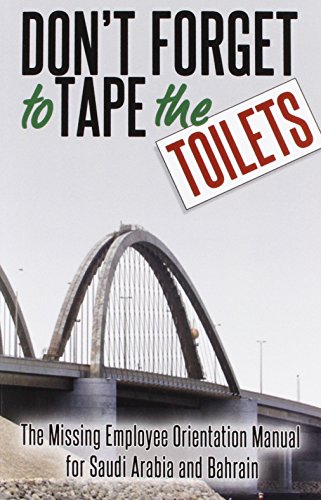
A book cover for Don't Forget to Tape the Toilets: The Missing Employee Orientation Manual for Saudi Arabia and Bahrain; Anonymous; Travel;